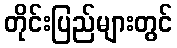
တိုင်းပြည်များတွင်